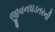
જીવનઘડતરની